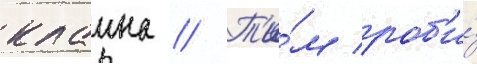
клаина // Т'и́м роб'и́